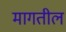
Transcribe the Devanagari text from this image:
मागतील